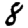
Digit: 8